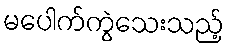
မပေါက်ကွဲသေးသည့်